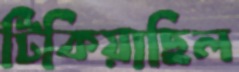
টিকিয়াছিল